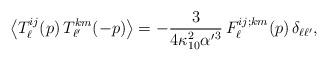
LaTeX: \begin{align*}\left\langle T_{\ell}^{ij}(p)\, T_{\ell'}^{km}(-p)\right\rangle =-{3\over4\kappa_{10}^2 {\alpha'}^3}\, F_{\ell}^{ij;km}(p)\, \delta_{\ell \ell'},\end{align*}